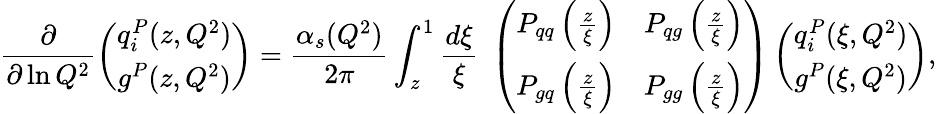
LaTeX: \frac{\partial}{\partial\ln Q^{2}}\left(\begin{array}{c}{{q_{i}^{P}(z,Q^{2})}}\\ {{g^{P}(z,Q^{2})}}\end{array}\right)=\frac{\alpha_{s}(Q^{2})}{2\pi}\int_{z}^{1}{\frac{d\xi}{\xi}}\; \left(\begin{array}{cc}{{P_{qq}\left({\frac{z}{\xi}}\right)}}&{{P_{qg}\left({\frac{z}{\xi}}\right)}}\\ {{P_{gq}\left({\frac{z}{\xi}}\right)}}&{{P_{gg}\left({\frac{z}{\xi}}\right)}}\end{array}\right)\left(\begin{array}{c}{{q_{i}^{P}(\xi,Q^{2})}}\\ {{g^{P}(\xi,Q^{2})}}\end{array}\right),